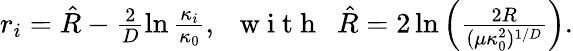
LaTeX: \begin{array}{r}{r_{i}=\hat{R}-\frac{2}{D}\ln\frac{\kappa_{i}}{\kappa_{0}},\, \, \, \mathrm{~w~i~t~h~}\, \, \, \hat{R}=2\ln\left(\frac{2R}{(\mu\kappa_{0}^{2})^{1/D}}\right).}\end{array}